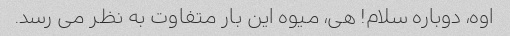
اوه، دوباره سلام! هی، میوه این بار متفاوت به نظر می رسد.